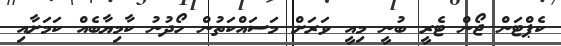
ކެޕްޓަން ޖޯން ޓެރީ ބުނީ މިއީ ވަރަށް މަސައްކަތުން ހޯދުނު ކާމިޔާބެއް ކަމަށާއި